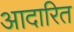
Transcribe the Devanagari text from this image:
आदारित